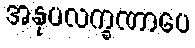
အနုပလက္ခဏာပေ